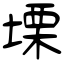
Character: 塛